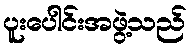
ပူးပေါင်းအဖွဲ့သည်